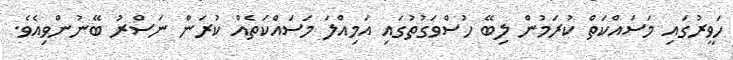
ހަވީރުގައި މަސައްކަތް ކުރަމުން ލިބޭ ހުސްވަގުތުގައި އަމިއްލަ މަސައްކަތެއް ކުރަން ނަސްރު ބޭނުންވިއެވެ.